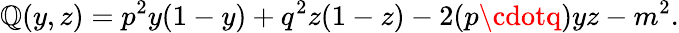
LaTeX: \mathbb{Q}(y,z)=p^{2}y(1-y)+q^{2}z(1-z)-2(p\cdotq)yz-m^{2}.